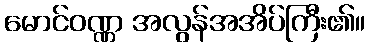
မောင်ဝဏ္ဏ အလွန်အအိပ်ကြီး၏။